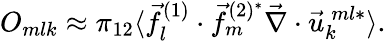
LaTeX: O_{mlk}\approx\pi_{12}\langle\vec{f}_{l}^{(1)}\cdot\vec{f}_{m}^{(2)^{*}}\vec{\nabla}\cdot\vec{u}_{k}^{\: ml*}\rangle.